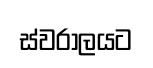
ස්වරාලයට